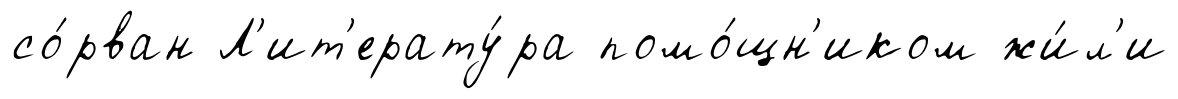
со́рван Л'ит'ерату́ра помо́щн'иком жи́л'и